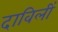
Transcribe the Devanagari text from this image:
दाविलीं